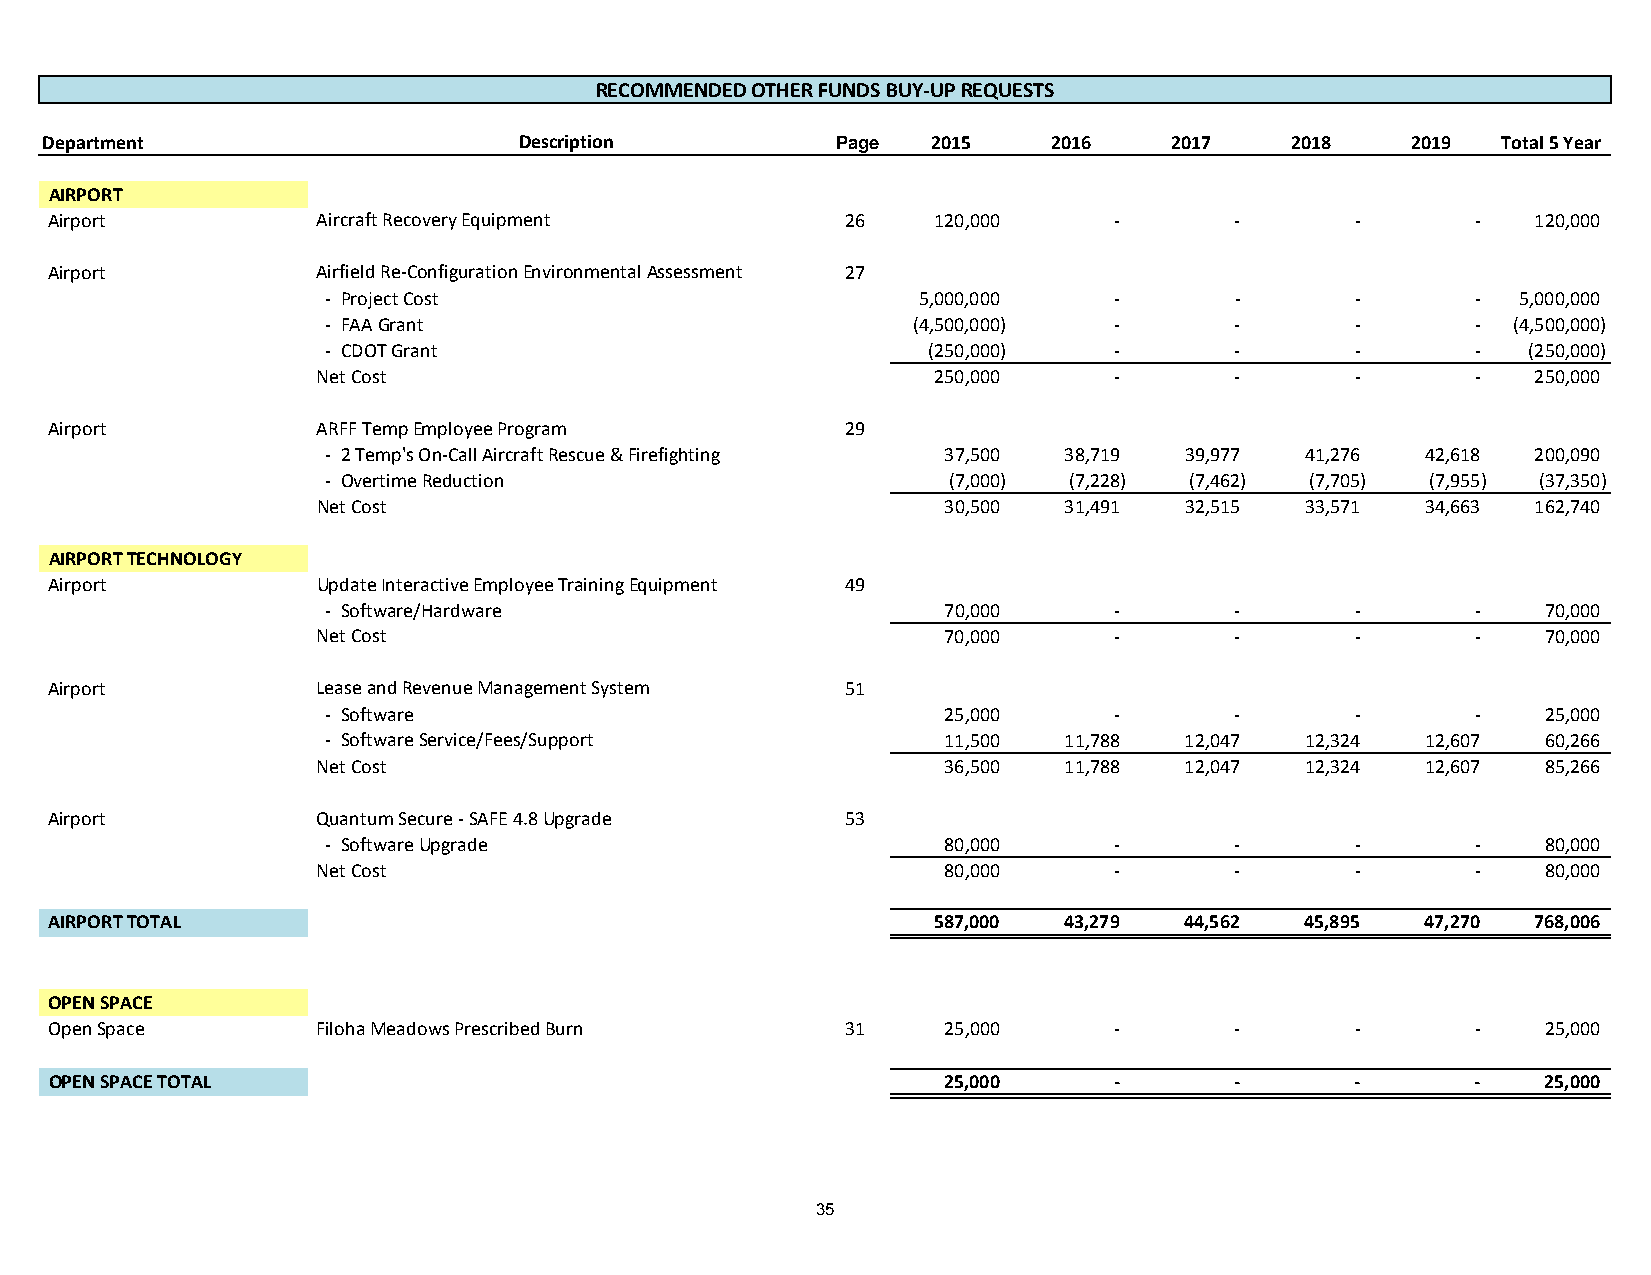
RECOMMENDED OTHER FUNDS BUY‐UP REQUESTS
 Department                     Description          Page   2015    2016   2017    2018    2019  Total 5 Year
 AIRPORT
 Airport           Aircraft Recovery Equipment        26    120,000     ‐       ‐       ‐       ‐   120,000
 Airport           Airfield Re‐Configuration Environmental Assessment 27
 ‐ Project Cost                         5,000,000    ‐       ‐       ‐       ‐  5,000,000
 ‐ FAA Grant                           (4,500,000)   ‐       ‐       ‐       ‐ (4,500,000)
 ‐ CDOT Grant                           (250,000)    ‐       ‐       ‐       ‐  (250,000)
 Net Cost                                 250,000     ‐       ‐       ‐       ‐   250,000
 Airport           ARFF Temp Employee Program         29
 ‐ 2 Temp's On‐Call Aircraft Rescue & Firefighting 37,500 38,719 39,977 41,276 42,618 200,090
 ‐ Overtime Reduction                     (7,000) (7,228) (7,462) (7,705) (7,955) (37,350)
 Net Cost                                 30,500  31,491  32,515  33,571  34,663  162,740
 AIRPORT TECHNOLOGY
 Airport           Update Interactive Employee Training Equipment 49
 ‐ Software/Hardware                     70,000      ‐       ‐       ‐       ‐   7 0,000
 Net Cost                                 70,000      ‐       ‐       ‐       ‐   7 0,000
 Airport           Lease and Revenue Management System 51
 ‐ Software                              25,000      ‐       ‐       ‐       ‐   2 5,000
 ‐ Software Service/Fees/Support         11,500  11,788  12,047  12,324  12,607  6 0,266
 Net Cost                                 36,500  11,788  12,047  12,324  12,607  8 5,266
 Airport           Quantum Secure ‐ SAFE 4.8 Upgrade  53
 ‐ Software Upgrade                      80,000      ‐       ‐       ‐       ‐   8 0,000
 Net Cost                                 80,000      ‐       ‐       ‐       ‐   8 0,000
 AIRPORT TOTAL                                              587,000 43,279  44,562  45,895  47,270 768,006
 OPEN SPACE
 Open Space        Filoha Meadows Prescribed Burn     31    25,000      ‐       ‐       ‐       ‐   2 5,000
 OPEN SPACE TOTAL                                           25,000      ‐       ‐       ‐       ‐   25,000
 35